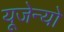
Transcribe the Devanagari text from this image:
यूजेन्यो